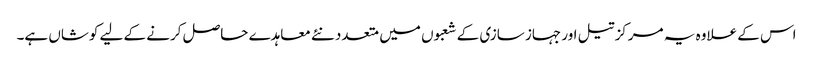
اس کے علاوہ یہ مرکز تیل اور جہاز سازی کے شعبوں میں متعدد نئے معاہدے حاصل کرنے کے لیے کوشاں ہے۔